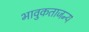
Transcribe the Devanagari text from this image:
भावुकताजन्य